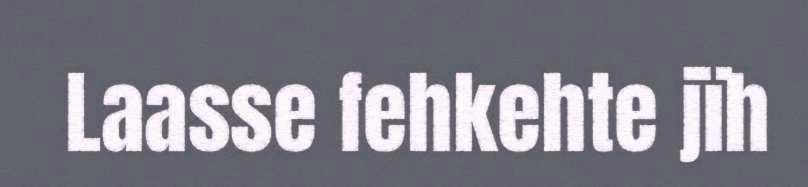
Laasse fehkehte jïh